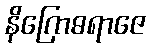
နိဂြောဓရာဇေ